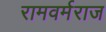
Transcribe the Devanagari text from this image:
रामवर्मराज